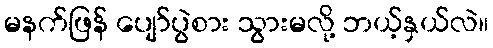
မနက်ဖြန် ပျော်ပွဲစား သွားမလို့ ဘယ့်နှယ်လဲ။